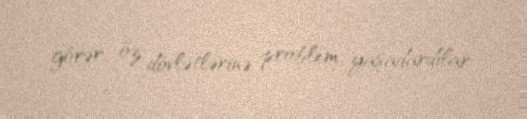
görər, öz dövlətlərinə problem yaşadardılar.